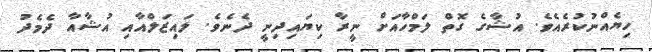
ހިޔެއްނުކުރެއެވެ. އުޝާގެ ގޮތް ލަމްހާއަށް ނީރާ ކިޔައިދިނީ ދެނެވެ. ލައިޒަލްއާއި އުޝާއާ ދެމެދު